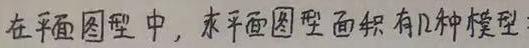
在平面图形中，求平面图形面积有几种模型：